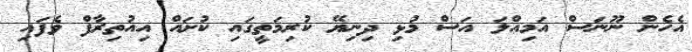
އެހެން ނޫނަސް އަމިއްލަ އަސް މުޅި ދިނިޔޭ ކުރިމަތީގައި ކުށައް އިއުތިރާފް ވެފައި